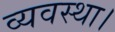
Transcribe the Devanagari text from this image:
व्‍यवस्‍था।